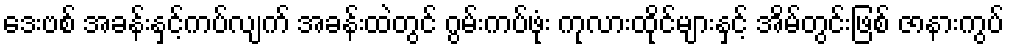
ဒေးဗစ် အခန်းနှင့်ကပ်လျက် အခန်းထဲတွင် ဂွမ်းကပ်ဖုံး ကုလားထိုင်များနှင့် အိမ်တွင်းဖြစ် ဇာနားကွပ်